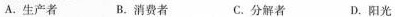
A.生产者B.消费者 C.分解者 D.阳光